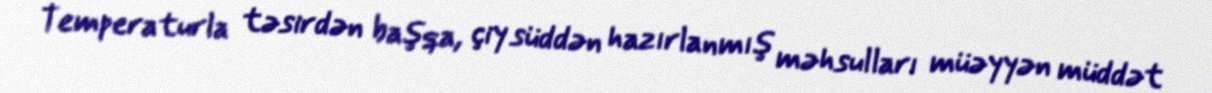
Temperaturla təsirdən başqa, çiy süddən hazırlanmış məhsulları müəyyən müddət